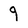
Character: 9